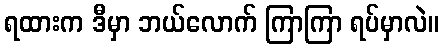
ရထားက ဒီမှာ ဘယ်လောက် ကြာကြာ ရပ်မှာလဲ။